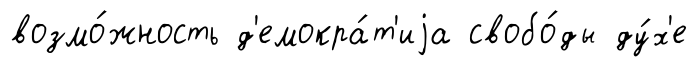
возмо́жность д'емокра́т'иjа свобо́ды ду́х'е